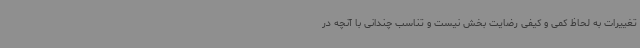
تغییرات به لحاظ کمی و کیفی رضایت بخش نیست و تناسب چندانی با آنچه در